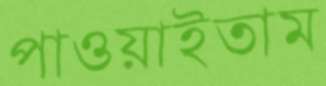
পাওয়াইতাম